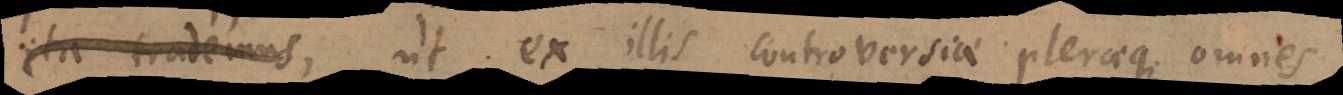
debemus, ut ex illis controversiae pleraeque omnes